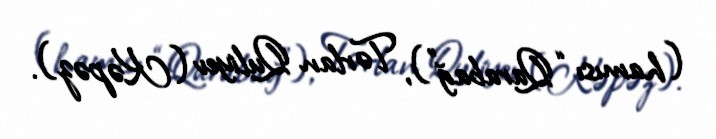
(hamısı “Qarabağ”), Tərlan Quliyev (Kəpəz).